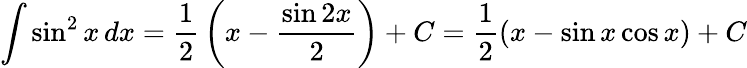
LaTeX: \int\sin^{2}x\, dx={\frac{1}{2}}\left(x-{\frac{\sin 2x}{2}}\right)+C={\frac{1}{2}}(x-\sin x\cos x)+C